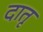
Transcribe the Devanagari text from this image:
दातृ